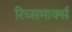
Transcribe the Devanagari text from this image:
रिच्समार्क्स